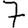
Digit: 7